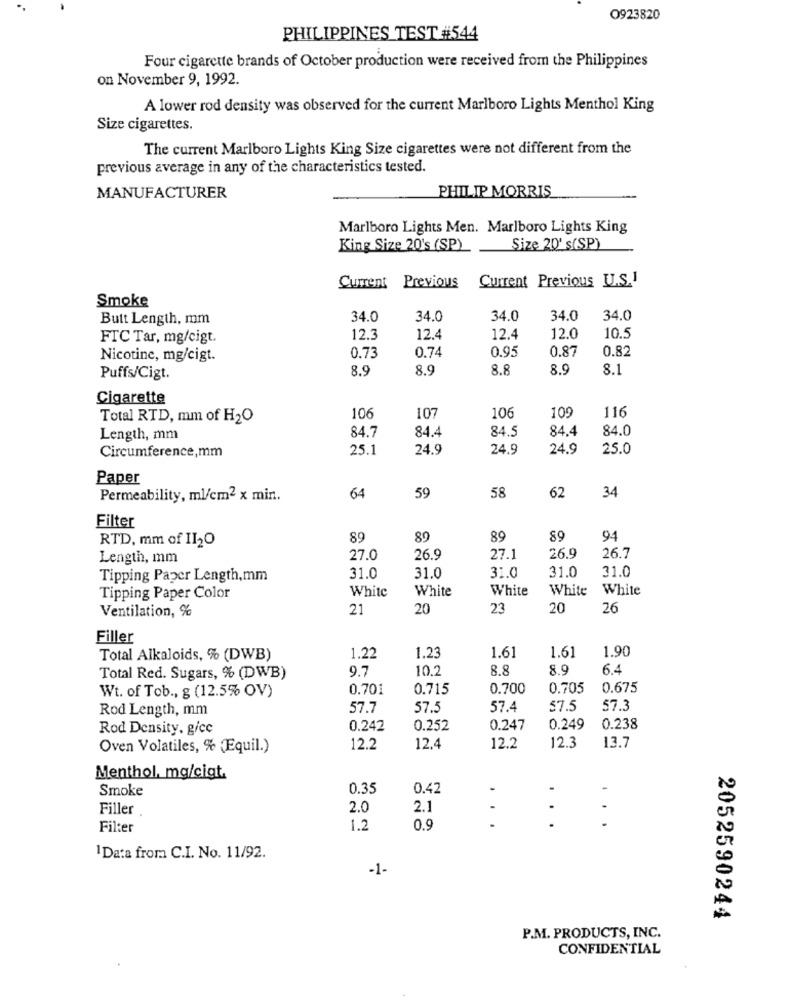
O923820
PHILIPPINES TEST #544
Four cigarette brands of October production were received from the Philippines
on November 9, 1992.
A lower rod density was observed for the current Marlboro Lights Menthol King
Size cigarettes.
The current Marlboro Lights King Size cigarettes were not different from the
previous average in any of the characteristics tested.
PHILIP MORRIS
MANUFACTURER
Marlboro Lights Men. Marlboro Lights King
King Size 20's (SP)
Size 20' s(SP)
Current Previous U.S.1
Current Previous
Smoke
Butt Length, mm
34.0
34.0
34.0
34.0
34.0
FTC Tar, mg/cigt.
12.3
12.4
12.4
12.0
10.5
0.74
0.95
0.87
0.82
Nicotine, mg/cigt.
0.73
8.9
8.9
8.8
8.9
8.1
Puffs/Cigt.
Cigarette
116
Total RTD, mm of H2O
106
107
106
109
84.7
84.5
84.4
84.0
Length, mm
84.4
Circumference,mm
25.1
24.9
24.9
24.9
25.0
Paper
59
58
62
34
Permeability, ml/cm2 x min.
64
Filter
RTD, mm of II20
89
89
89
89
94
Length, mm
27.0
26.9
27.1
26.9
26.7
31.0
Tipping Paper Length,mm
31.0
31.0
31.0
31.0
White
White
White
White
White
Tipping Paper Color
Ventilation, %
21
20
23
20
26
Filler
1.90
Total Alkaloids, % (DWB)
1.22
1.23
1.61
1.61
9.7
10.2
8.8
8.9
6.4
Total Red. Sugars, % (DWB)
0.701
0.715
0.700
0.705
0.675
Wt. of Tob ., g (12.5% OV)
Rod Length, mm
57.7
57.5
57.4
57.5
57.3
Rod Density, gicc
0.242
0.252
0.247
0.249
0.238
Oven Volatiles, % (Equil.)
12.2
12.4
12.2
12.3
13.7
Menthol, mg/cigt.
Smoke
0.35
0.42
.
Filler
2.0
2.1
Filter
1.2
0.9
1 Data from C.I. No. 11/92.
-1-
2052590244
P.M. PRODUCTS, INC.
CONFIDENTIAL